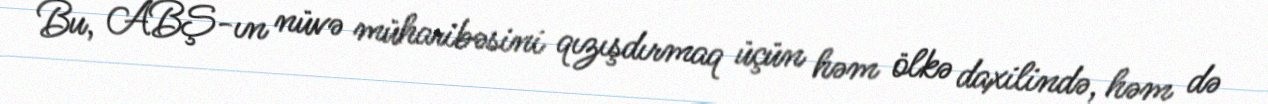
Bu, ABŞ-ın nüvə müharibəsini qızışdırmaq üçün həm ölkə daxilində, həm də